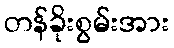
တန်ခိုးစွမ်းအား